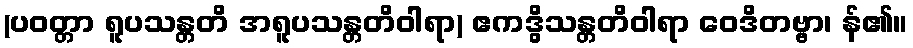
(ပဝတ္တာ ရူပသန္တတိ အရူပသန္တတိဝါရာ) ဧကဒွိသန္တတိဝါရာ ဝေဒိတဗ္ဗာ၊ န်၏။